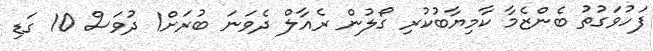
ފަހުވަގުތު ބެންޒެމާ ކާމިޔާބުކުރި ގޯލުން ރެއާލް ދެވަނަ ބުރަށް1 ދުވަސް 10 ގަޑި